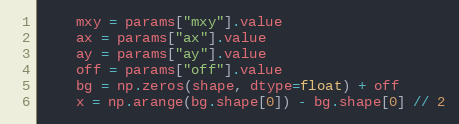
Language: Python
    mxy = params["mxy"].value
    ax = params["ax"].value
    ay = params["ay"].value
    off = params["off"].value
    bg = np.zeros(shape, dtype=float) + off
    x = np.arange(bg.shape[0]) - bg.shape[0] // 2